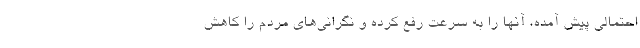
احتمالی پیش آمده، آنها را به سرعت رفع کرده و نگرانی‌های مردم را کاهش